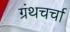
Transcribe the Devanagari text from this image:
ग्रंथचर्चा